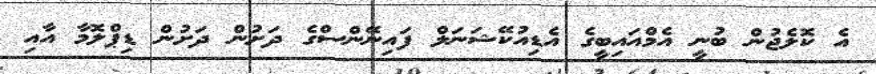
އެ ކޮލެޖުން ބުނީ އެމްއައިބީގެ އެޑިއުކޭޝަނަލް ފައިނޭންސްގެ ދަށުން ދަށުން ޑިޕްލޮމާ އާއި